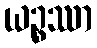
ယဉ္စဿာ